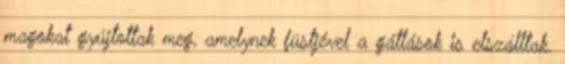
magokat gyújtottak meg, amelynek füstjével a gátlások is elszálltak.